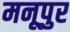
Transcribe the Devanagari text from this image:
मनूपुर